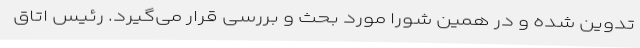
تدوین شده و در همین شورا مورد بحث و بررسی قرار می‌گیرد. رئیس اتاق